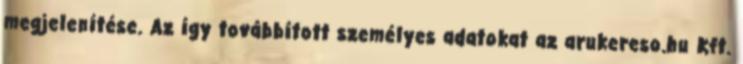
megjelenítése. Az így továbbított személyes adatokat az arukereso.hu Kft.